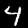
Label: 4